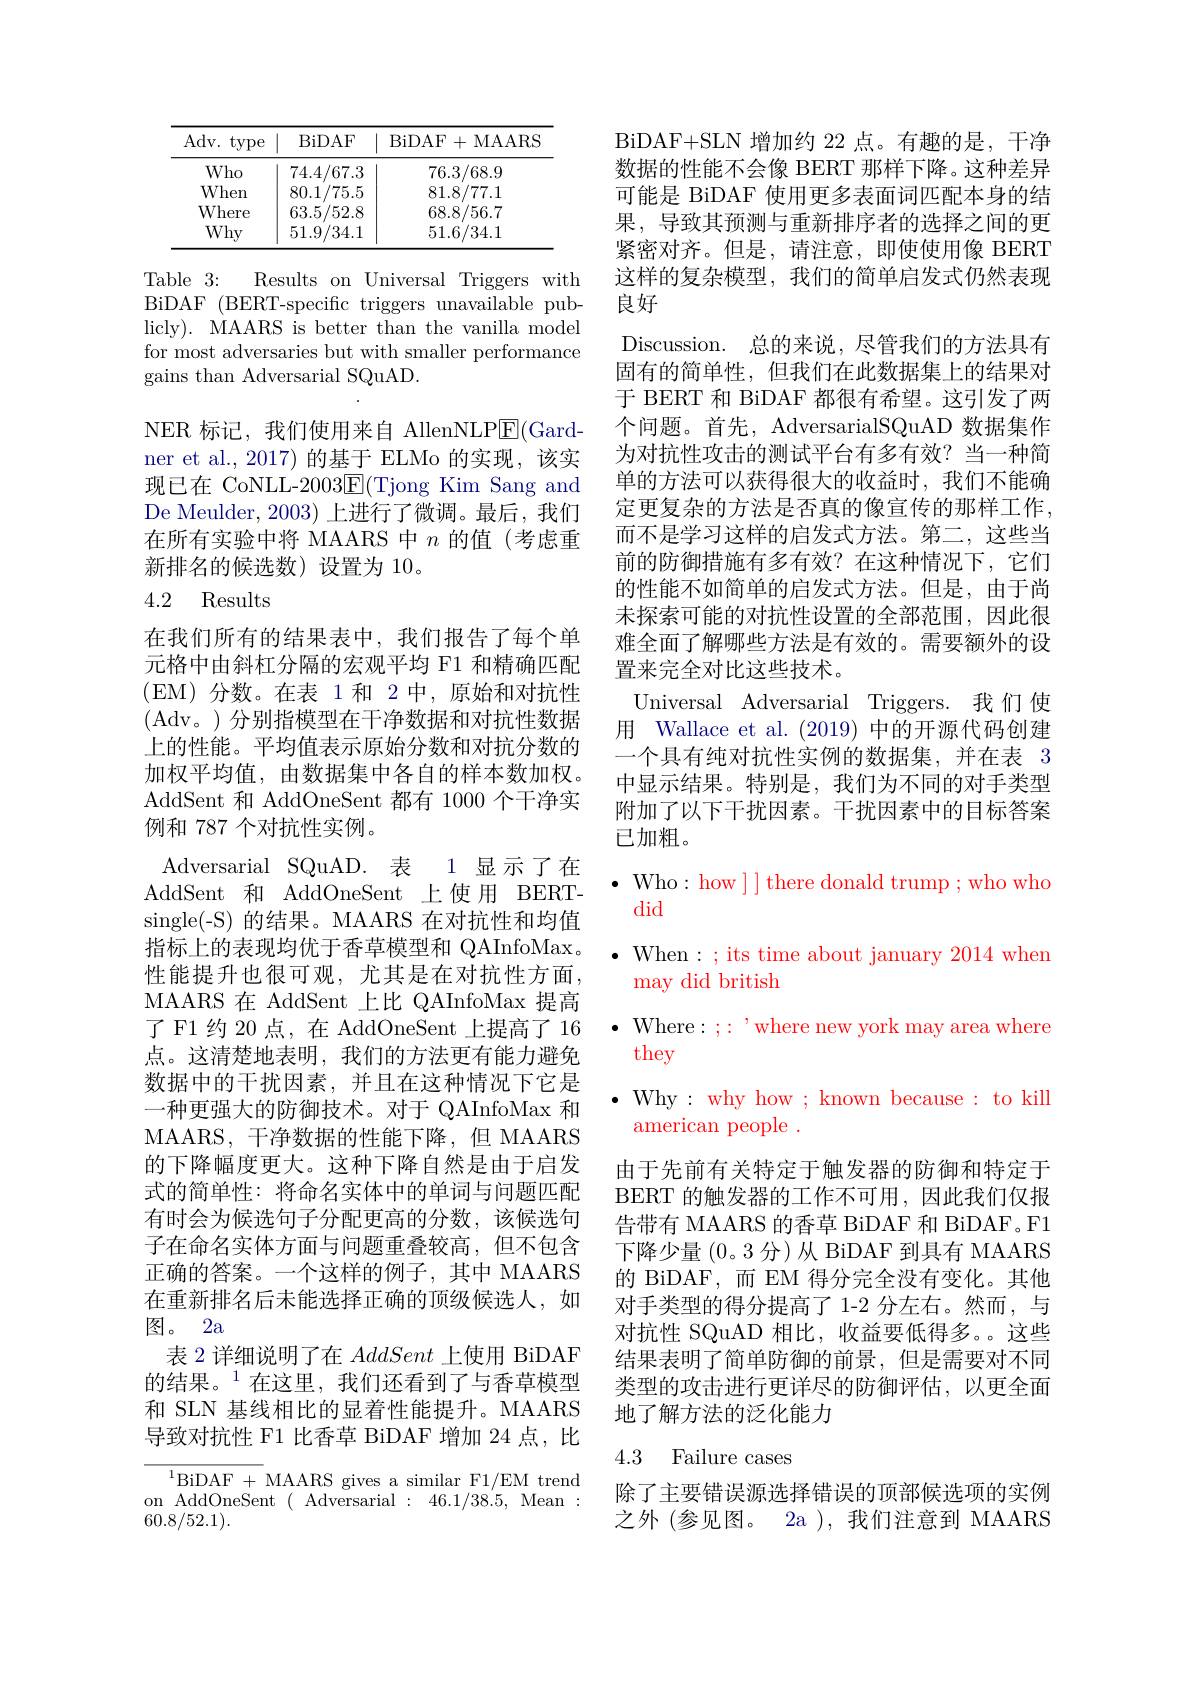
<table>
	<tbody>
		<tr>
			<th>Adv. type</th>
			<th>BiDAF</th>
			<th>BiDAF+MAARS</th>
		</tr>
		<tr>
			<td>Who</td>
			<td>74.4/67.3</td>
			<td>76.3/68.9</td>
		</tr>
		<tr>
			<td>When</td>
			<td>80.1/75.5</td>
			<td>81.8/77.1</td>
		</tr>
		<tr>
			<td>Where</td>
			<td>63.5/52.8</td>
			<td>68.8/56.7</td>
		</tr>
		<tr>
			<td>Why</td>
			<td>51.9/34.1</td>
			<td>51.6/34.1</td>
		</tr>
	</tbody>
</table>

Table 3{:}
Results on Universal Triggers with
BiDAF (BERT-specific triggers unavailable publicly). MAARS is better than the vanilla model for most adversaries but with smaller performance gains than Adversarial SQuAD.

NER 标记，我们使用来自 AllenNLP$\underline{\mathrm{E}}($Gardner et al.,2017)的基于 ELMo 的实现，该实现已在 CoNLL-2003$\underline{\mathrm{E}}($Tjong Kim Sang and De Meulder, 2003) 上进行了微调。最后，我们在所有实验中将 MAARS 中$n$的值(考虑重新排名的候选数)设置为 10。

# 4.2 Results

在我们所有的结果表中，我们报告了每个单元格中由斜杠分隔的宏观平均 F1 和精确匹配(EM)分数。在表 1和 2中，原始和对抗性(Adv。)分别指模型在干净数据和对抗性数据上的性能。平均值表示原始分数和对抗分数的加权平均值，由数据集中各自的样本数加权。AddSent 和 AddOneSent 都有 1000 个干净实例和 787 个对抗性实例。
Adversarial SQuAD.表 1显示了在AddSent 和 AddOneSent 上使用 BERTsingle(-S) 的结果。MAARS 在对抗性和均值指标上的表现均优于香草模型和 QAInfoMax。性能提升也很可观，尤其是在对抗性方面， MAARS 在 AddSent 上比 QAInfoMax 提高了F1 约 20 点，在 AddOneSent 上提高了16 $\bullet$ Where:;:'where new york may area where
点。这清楚地表明，我们的方法更有能力避免数据中的干扰因素，并且在这种情况下它是一种更强大的防御技术。对于 QAInfoMax 和MAARS, 干净数据的性能下降，但 MAARS 的下降幅度更大。这种下降自然是由于启发式的简单性：将命名实体中的单词与问题匹配有时会为候选句子分配更高的分数，该候选句子在命名实体方面与问题重叠较高，但不包含正确的答案。一个这样的例子，其中 MAARS 在重新排名后未能选择正确的顶级候选人，如图。2a
表 2 详细说明了在AddSent上使用 BiDAF 的结果。$^{1}$在这里，我们还看到了与香草模型和 SLN 基线相比的显着性能提升。MAARS 导致对抗性 F1 比香草 BiDAF 增加 24 点，比
$^{1}$BiDAF + MAARS gives a similar F1/EM trend

on AddOneSent $(\bar{\text{Adversarial}}:46.1/38.5$, Mean:
60.8/52.1).

BiDAF+ SLN 增 加 约 22 点 。有 趣 的 是 , 干净数据的性能不会像 BERT 那样下降。这种差异可能是 BiDAF 使用更多表面词匹配本身的结果，导致其预测与重新排序者的选择之间的更紧密对齐。但是，请注意，即使使用像 BERT 这样的复杂模型，我们的简单启发式仍然表现良好
Discussion. 总的来说，尽管我们的方法具有固有的简单性，但我们在此数据集上的结果对于 BERT 和 BiDAF 都很有希望。这引发了两个问题。首先，AdversarialSQuAD 数据集作为对抗性攻击的测试平台有多有效？当一种简单的方法可以获得很大的收益时，我们不能确定更复杂的方法是否真的像宣传的那样工作， 而不是学习这样的启发式方法。第二，这些当前的防御措施有多有效？在这种情况下，它们的性能不如简单的启发式方法。但是，由于尚未探索可能的对抗性设置的全部范围，因此很难全面了解哪些方法是有效的。需要额外的设置来完全对比这些技术。
Universal Adversarial Triggers. 我们使用 Wallace et al. (2019)中的开源代码创建一个具有纯对抗性实例的数据集，并在表 3中显示结果。特别是，我们为不同的对手类型附加了以下干扰因素。干扰因素中的目标答案已加粗。
$\cdot$ Who: how ] ] there donald trump; who who

did

$\bullet$ When: ; its time about january 2014 when

may did british

they

$\bullet$ Why: why how ; known because: to kill

american people .

由于先前有关特定于触发器的防御和特定于BERT 的触发器的工作不可用，因此我们仅报告带有 MAARS 的香草 BiDAF 和 BiDAF。F1下降少量(0。3 分)从 BiDAF 到具有 MAARS 的 BiDAF,而 EM 得分完全没有变化。其他对手类型的得分提高了 1-2 分左右。然而，与对抗性 SQuAD 相比，收益要低得多。这些结果表明了简单防御的前景，但是需要对不同类型的攻击进行更详尽的防御评估，以更全面地了解方法的泛化能力

# 4.3 Failure cases

除了主要错误源选择错误的顶部候选项的实例之外 (参见图。2a ),我们注意到 MAARS